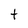
Character: t